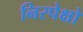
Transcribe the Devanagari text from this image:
निरपेक्षो